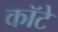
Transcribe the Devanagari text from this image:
कॉटे